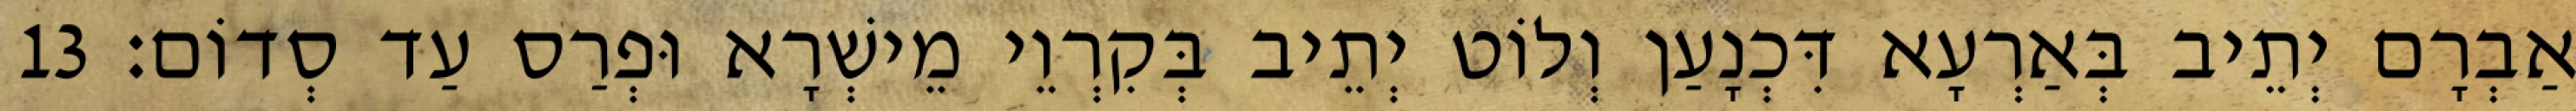
אַבְרָם יְתֵיב בְּאַרְעָא דִּכְנָעַן וְלוֹט יְתֵיב בְּקִרְוֵי מֵישְׁרָא וּפְרַס עַד סְדוֹם׃ 13